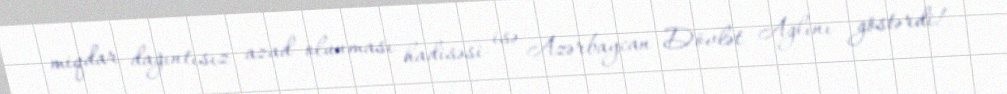
miqdar dağıntısız azad olunması hadisəsi isə Azərbaycan Dövlət Ağlını göstərdi!.